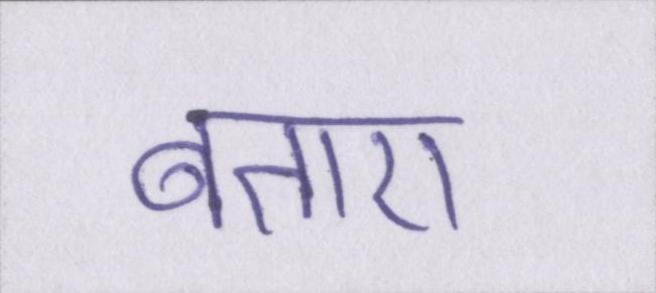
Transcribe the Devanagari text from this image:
बताए